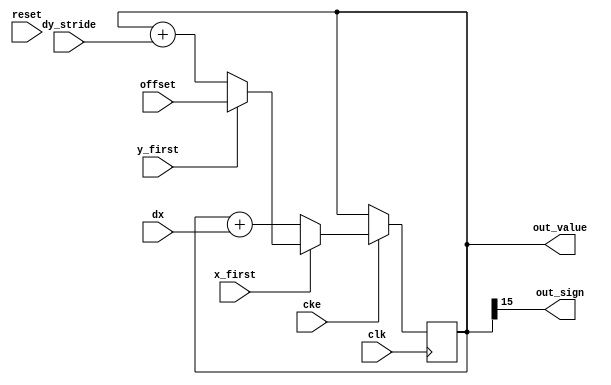
// ---------------------------------------------------------------------------
//  Jelly  -- The platform for real-time computing
//
//                                 Copyright (C) 2008-2017 by Ryuji Fuchikami
//                                 https://github.com/ryuz/jelly.git
// ---------------------------------------------------------------------------



`timescale 1ns / 1ps
`default_nettype none


// a*x + b*y + c 
// ()
module jelly_rasterizer_plane_calc
        #(
            parameter   WIDTH = 16
        )
        (
            input   wire                            reset,
            input   wire                            clk,
            input   wire                            cke,
            
            input   wire                            x_first,
            input   wire                            y_first,
            
            input   wire    signed  [WIDTH-1:0]     dx,
            input   wire    signed  [WIDTH-1:0]     dy_stride,
            input   wire    signed  [WIDTH-1:0]     offset,
            
            output  wire    signed  [WIDTH-1:0]     out_value,
            output  wire                            out_sign
        );
    
    reg     signed  [WIDTH-1:0]     reg_value;
    
    always @(posedge clk) begin
//      if ( reset ) begin
//          reg_value <= {WIDTH{1'b0}};
//      end
//      else 
        if ( cke ) begin
            reg_value <= reg_value + dx;
            if ( x_first ) begin
                reg_value <= reg_value + dy_stride;
                if ( y_first ) begin
                    reg_value <= offset;
                end
            end
        end
    end
    
    assign out_value = reg_value;
    assign out_sign  = out_value[WIDTH-1];
    
endmodule


`default_nettype wire


// end of file